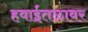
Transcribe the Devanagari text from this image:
हवाईतळावर